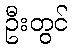
ဦးတွင်